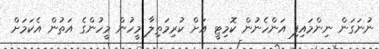
ނުނަގަން ނިންމައިފި އަންހެނުން ކޮމިޓީ އަށް ކުރިމަތިލާ މީހުން މީހުންގެ އަތުން އެކަމަށް